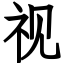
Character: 视